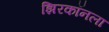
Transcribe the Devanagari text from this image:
झिरकॉनला